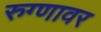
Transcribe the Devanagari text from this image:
रुग्णावर